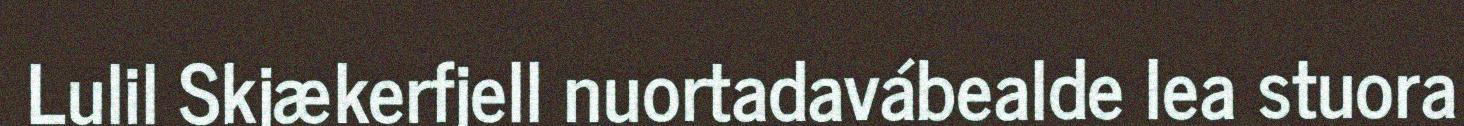
Lulil Skjækerfjell nuortadavábealde lea stuora